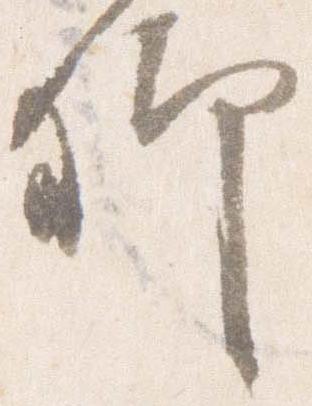
卿